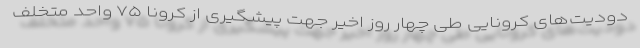
دودیت‌های کرونایی طی چهار روز اخیر جهت پیشگیری از کرونا ۷۵ واحد متخلف